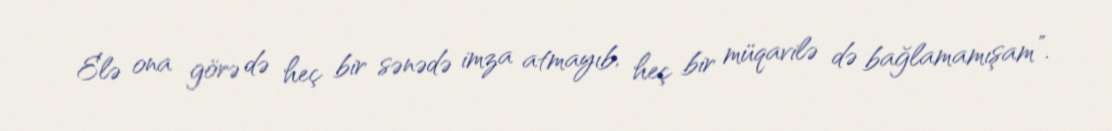
Elə ona görə də heç bir sənədə imza atmayıb, heç bir müqavilə də bağlamamışam”.